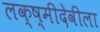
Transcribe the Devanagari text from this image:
लक्ष्मीदेवीला